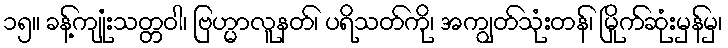
၁၅။ ခန့်ကျုံးသတ္တဝါ၊ ဗြဟ္မာလူနတ်၊ ပရိသတ်ကို၊ အကျွတ်သုံးတန်၊ မြိုက်ဆုံးမှန်မှ၊